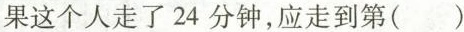
果这个人走了24分钟，应走到第()